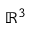
{ \mathbb { R } } ^ { 3 }